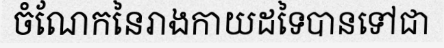
ចំណែកនៃរាងកាយដទៃបានទៅជា